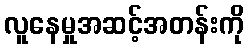
လူနေမှုအဆင့်အတန်းကို